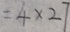
= 4 \times 2 7